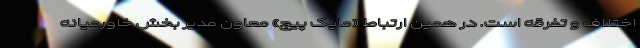
اختلاف و تفرقه است. در همین ارتباط «مایک پیج» معاون مدیر بخش خاورمیانه